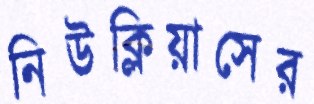
নিউক্লিয়াসের